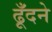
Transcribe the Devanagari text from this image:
ढूँदने